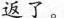
返了。